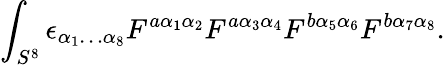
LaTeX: \int_{S^{8}}\epsilon_{\alpha_{1}\ldots\alpha_{8}}F^{a\alpha_{1}\alpha_{2}}F^{a\alpha_{3}\alpha_{4}}F^{b\alpha_{5}\alpha_{6}}F^{b\alpha_{7}\alpha_{8}}.